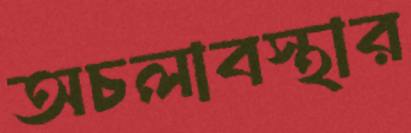
অচলাবস্থার